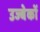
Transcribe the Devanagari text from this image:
उज्बेकों